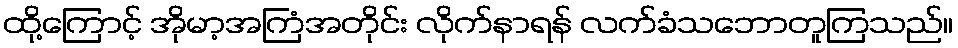
ထို့ကြောင့် အိုမာ့အကြံအတိုင်း လိုက်နာရန် လက်ခံသဘောတူကြသည်။